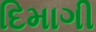
દિમાગી